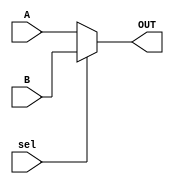
module MUX_32bit_2_1 (
	input [31:0]A,
	input [31:0]B,
	input sel,
	output [31:0]OUT
);

assign OUT = sel ? B : A;


endmodule